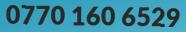
0770 160 6529